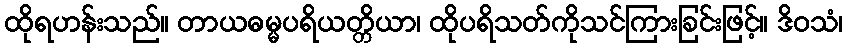
ထိုရဟန်းသည်။ တာယဓမ္မပရိယတ္တိယာ၊ ထိုပရိသတ်ကိုသင်ကြားခြင်းဖြင့်။ ဒိဝသံ၊